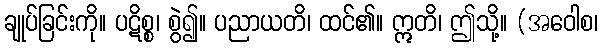
ချုပ်ခြင်းကို။ ပဋိစ္စ၊ စွဲ၍။ ပညာယတိ၊ ထင်၏။ ဣတိ၊ ဤသို့။ (အဝေါစ၊